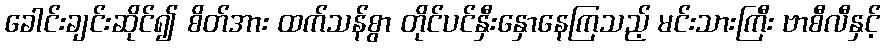
ခေါင်းချင်းဆိုင်၍ စိတ်အား ထက်သန်စွာ တိုင်ပင်နှီးနှောနေကြသည့် မင်းသားကြီး ဗာစီလီနှင့်